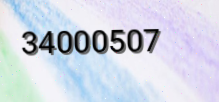
34000507